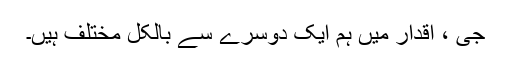
جى ، اقدار میں ہم ایک دوسرے سے بالکل مختلف ہیں۔